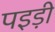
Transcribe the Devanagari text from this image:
पइड़ी